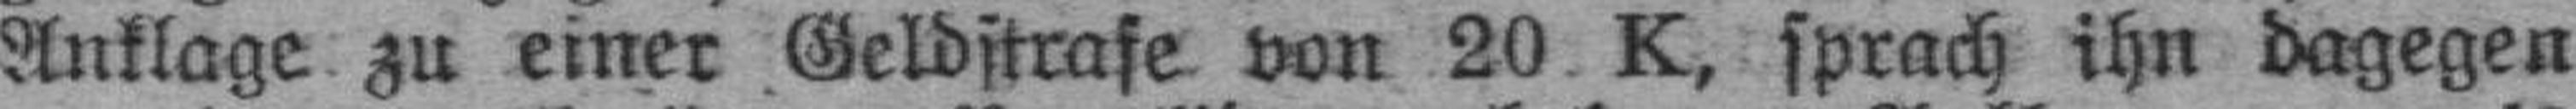
Anklage zu einer Geldstrafe von 20 K, sprach ihn dagegen